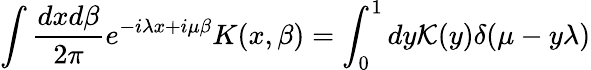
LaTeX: \int\frac{dxd\beta}{2\pi}e^{-i\lambda x+i\mu\beta}K(x,\beta)=\int_{0}^{1}dy{\cal K}(y)\delta(\mu-y\lambda)